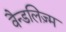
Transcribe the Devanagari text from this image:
वैन्डलिज़्म